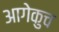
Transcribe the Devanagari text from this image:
आगेकुच